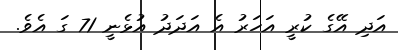
އަދި އޭގެ ކުރީ އަހަރު އެ އަދަދު އުޅެނީ 71 ގަ އެވެ.